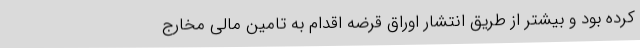
کرده بود و بیشتر از طریق انتشار اوراق قرضه اقدام به تامین مالی مخارج